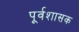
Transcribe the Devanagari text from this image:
पूर्वशासक